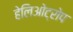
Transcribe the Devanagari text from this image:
हेलिओट्रोप